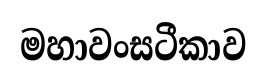
මහාවංසටීකාව